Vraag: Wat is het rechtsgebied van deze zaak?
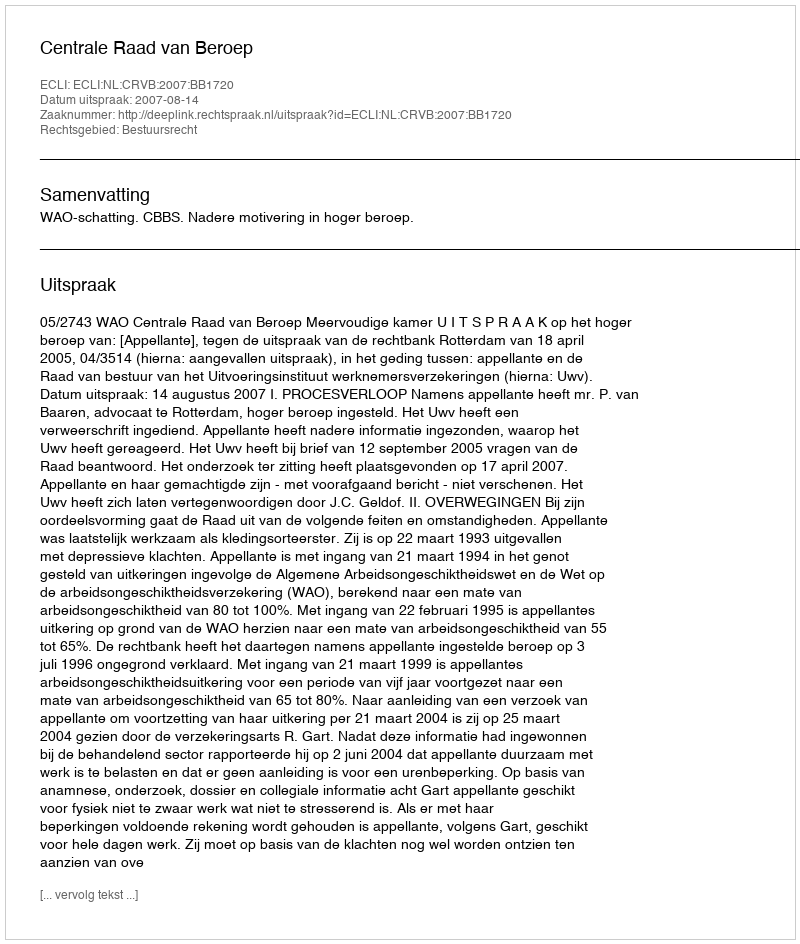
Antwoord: Bestuursrecht